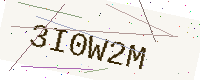
Text: 3I0W2M